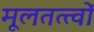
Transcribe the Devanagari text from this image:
मूलतत्त्वों